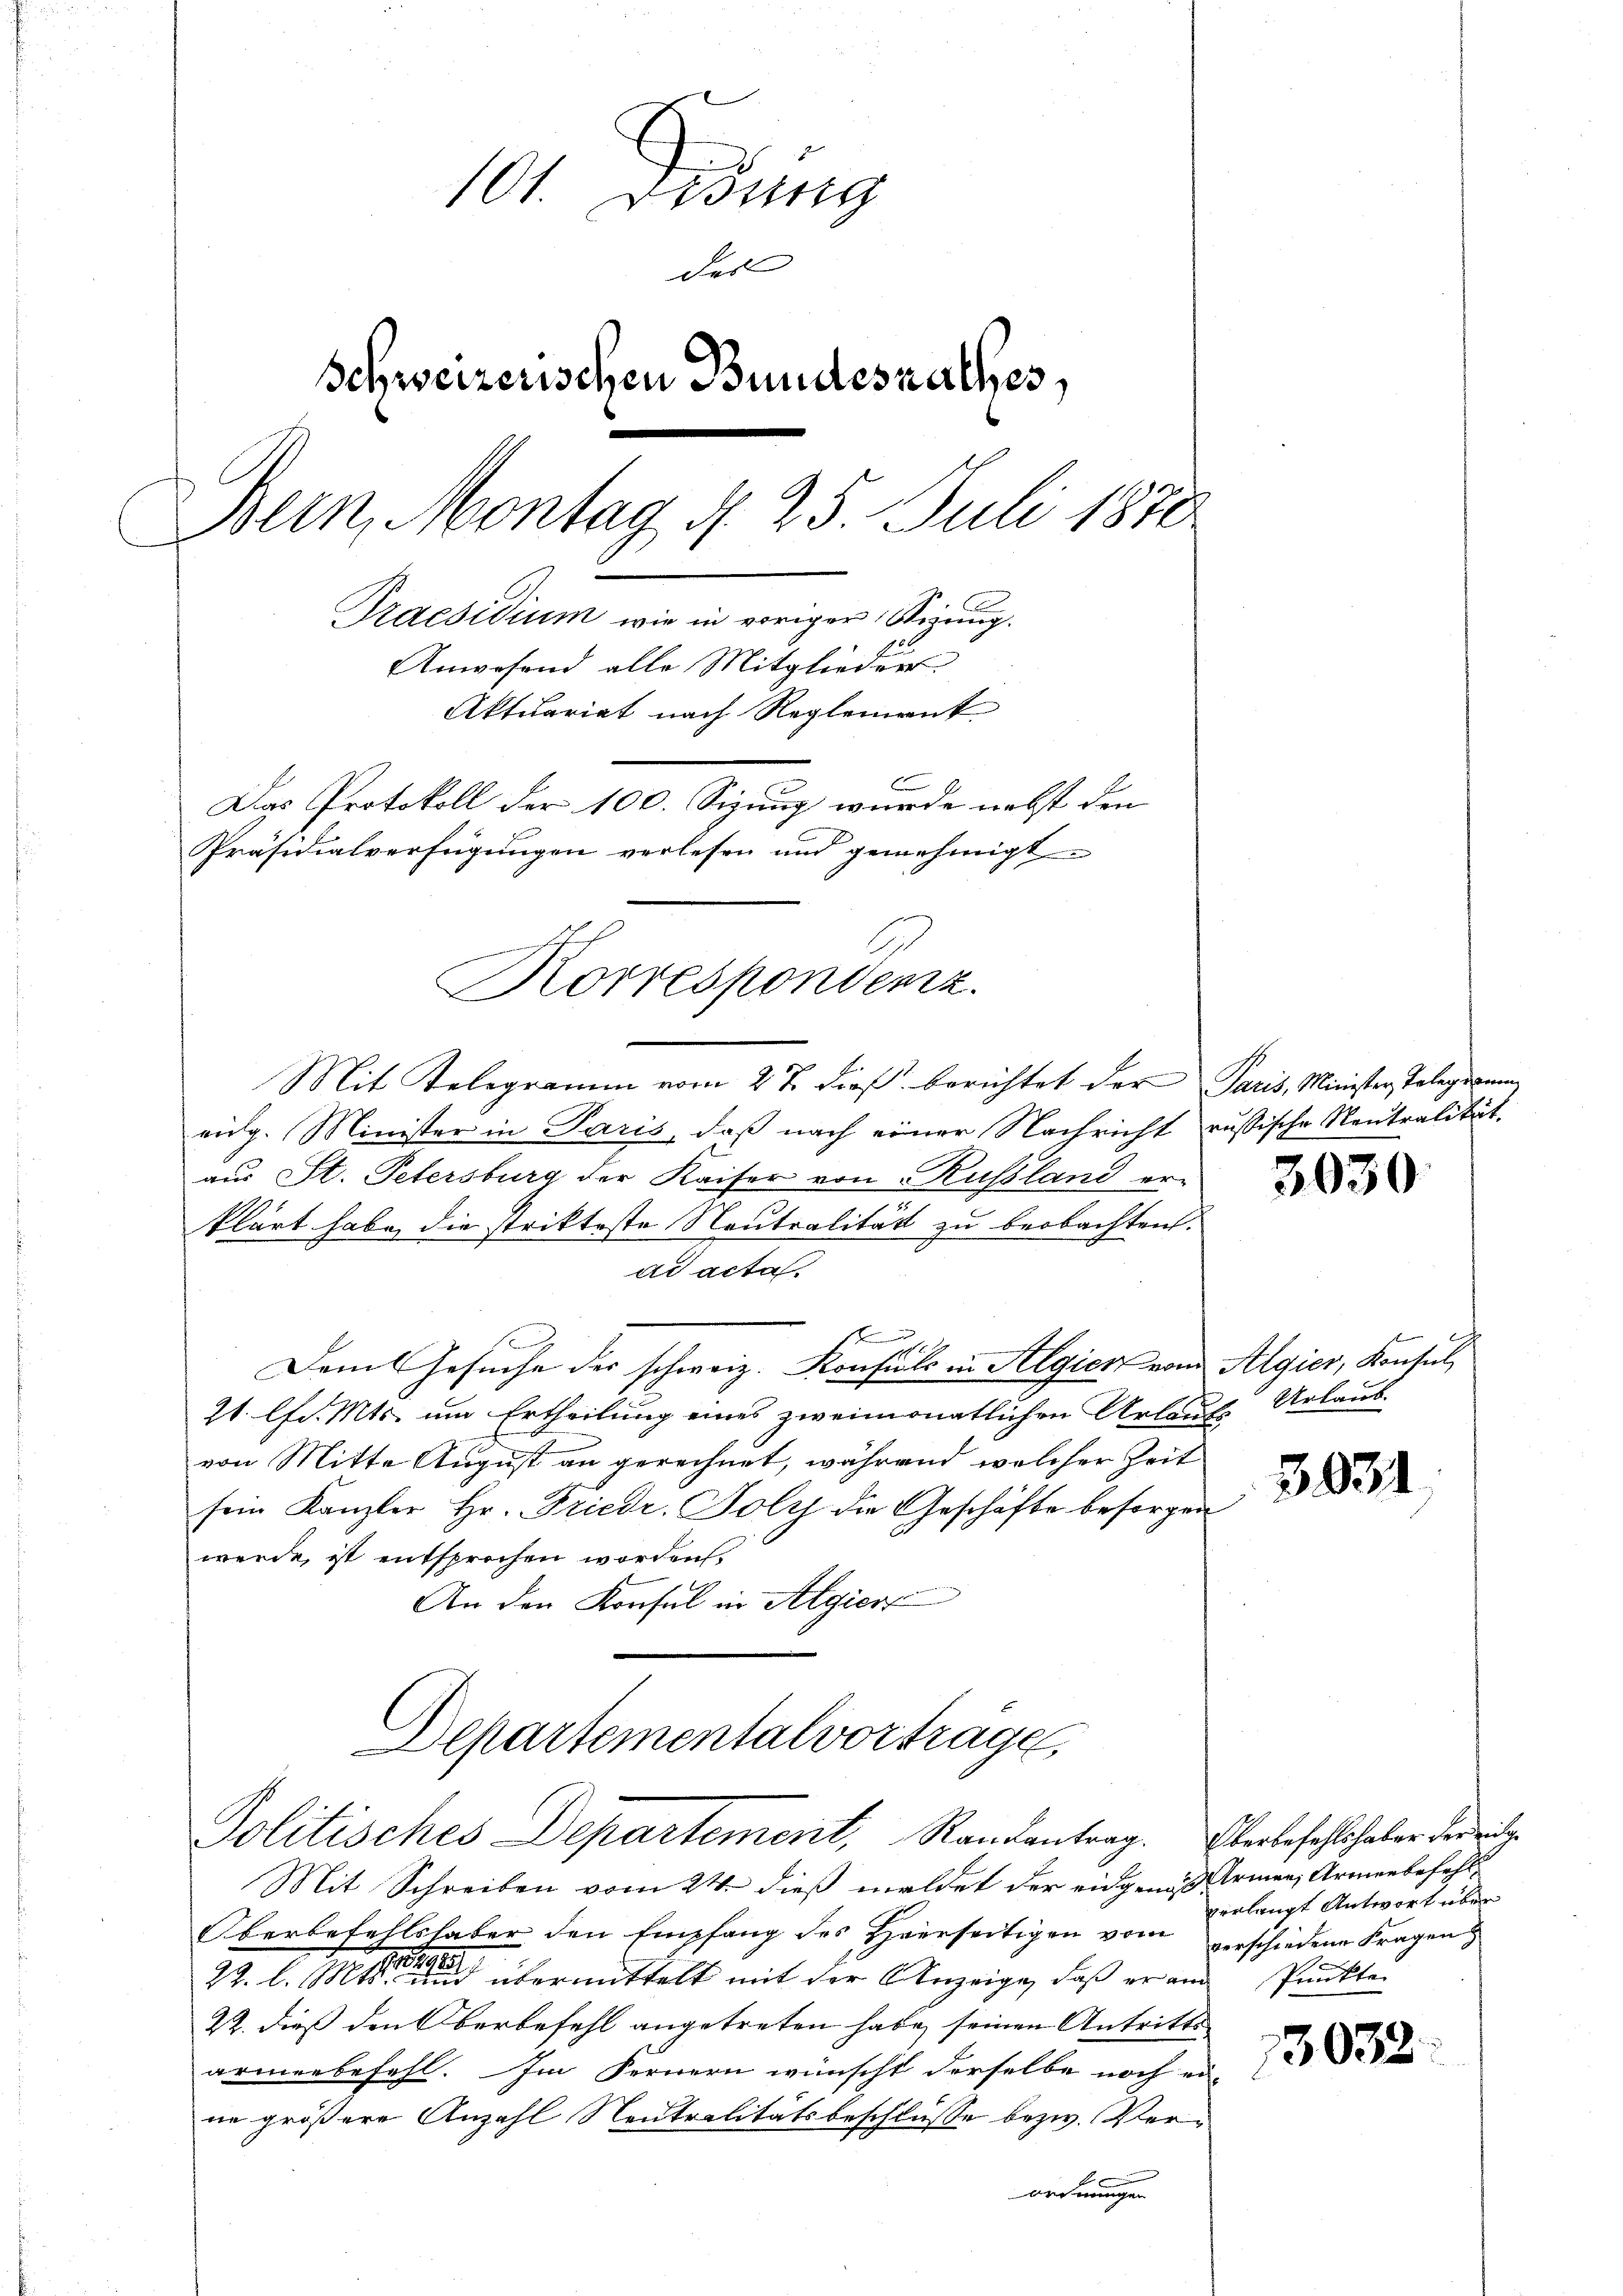
101. Didung
das |
Schweizerischen Bundesrathes,
Bern, Montag d. 25. Juli 1870
Praesidium wie in voriger Stizung.
Anwesend alle Mitgliedert
Aktuariat nach Reglement
Das Protokoll der 100. Sizung wurde nebst den
Präsidialverfügungen verlesen und genehmigt

Mit Relegramm vom 27. dieß berichtet der Paris, Minister Telegirung
vig. Minister in Paris, daß nach einer Nachricht russische Neutralität,
aus St. Petersburg der Kaiser von Russland erklärt habe, die strikteste Neutralität zu beobachten.
ad acta
f
Dem Gesuche der schweiz. Konsuls in Algien vom Algier, Konsul
21 lfd. Mts. um Ertheilung eines zweimonatlichen Urlauf Urlaub-
von Mitte August an gerechnet, während welcher Zeit
sein Kanzler Hr. Friedr. Soly die Geschäfte besorgen
werde, ist entsprochen worden.
An den Konsul in Algier
Departemental vorträge
Politisches Departement, Randantrag. Oberbefehlt haber der zuge
Mit Schreiben vom 24. dieß meldet der eingenes Armen, Armenbefehl¬
Oberbefehlshaber den Empfang des Heerseitigen vom verschiedene Fragen
22. l. 1 und übermittelt mit der Anzeige, daß er aus Punkten
22. dieß den Verbefehl angetreten habe, seinen Antritts
armenbefehl. Im Fernern wünscht derselbe noch ei-
ne größere Anzahl Neutralitätsbeschlüsse bezw. Ver-
ordnungen

Korrespondenz.

3030

3931

verlangt Antwort über

303.